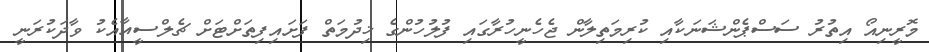
މޮރީނިއޯ އިތުރު ސަސްޕެންޝަނަކާއި ކުރިމަތިލާން ޖެހެނީހުރާގައި ފުލުހުންގެ ޚިދުމަތް ފަށައިފިތަށްޓަށް ޗެލްސީއާއެކު ވާދަކުރަނީ